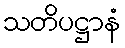
သတိပဋ္ဌာနံ